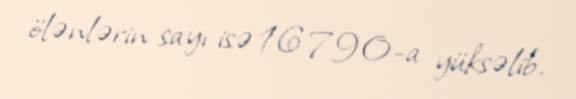
ölənlərin sayı isə 16 790-a yüksəlib.